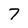
Character: 7